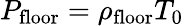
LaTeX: P_{\mathrm{floor}}=\rho_{\mathrm{floor}}T_{0}